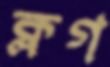
ক্লগ